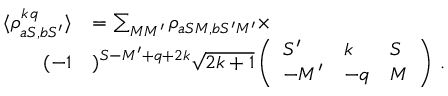
\begin{array} { r l } { \langle \rho _ { a S , b S ^ { \prime } } ^ { k \, q } \rangle } & { = \sum _ { M M ^ { \prime } } \rho _ { a S M , b S ^ { \prime } M ^ { \prime } } \times } \\ { ( - 1 } & { ) ^ { S - M ^ { \prime } + q + 2 k } \sqrt { 2 k + 1 } \left( \begin{array} { l l l } { S ^ { \prime } } & { k } & { S } \\ { - M ^ { \prime } } & { - q } & { M } \end{array} \right) \, . } \end{array}